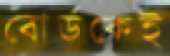
বোর্ডকেই